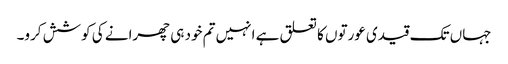
جہاں تک قیدی عورتوں کا تعلق ہے انہیں تم خود ہی چھرانے کی کوشش کرو۔